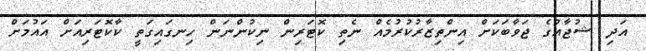
އަދި ޝުޖާއުގެ ޖަވާބަކަށް އިންތިޒާރުކުރުމެއް ނެތި ކޮޓަރިން ނިކުންނަން ހިނގައިގަތީ ކާކޮޓަރިއަށް އައުމަށް